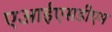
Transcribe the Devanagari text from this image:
एआईएसडीएम